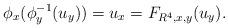
LaTeX: \begin{align*} \phi_{x}(\phi_{y}^{-1}(u_{y})) =u_{x}=F_{R^{4},x,y}(u_{y}).\end{align*}